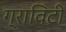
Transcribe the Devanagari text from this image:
ग्राविटी